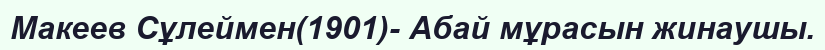
Макеев Сұлеймен(1901)- Абай мұрасын жинаушы.